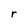
Character: r